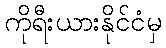
ကိုရီးယားနိုင်ငံမှ